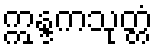
ဣန္ဒကသုတ္တံ